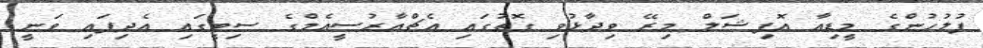
ފުލުހުންގެ މީޑިއާ އޮފިޝަލް މިރޭ ވިދާޅުވި ގޮތުގައި އެޗްއާރުސީއެމްގެ ސިޓީގައި އެދިފައި ވަނީ